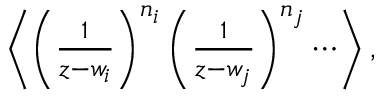
\begin{array} { r } { \left< \left( \frac { 1 } { z - w _ { i } } \right) ^ { n _ { i } } \left( \frac { 1 } { z - w _ { j } } \right) ^ { n _ { j } } \cdots \right> , } \end{array}